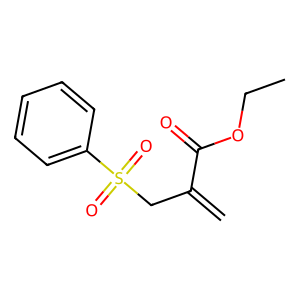
SMILES: C=C(CS(=O)(=O)c1ccccc1)C(=O)OCC
Inhibits HIV replication: No